Preparation of a safe and efficient antirabic vaccine - Number 44
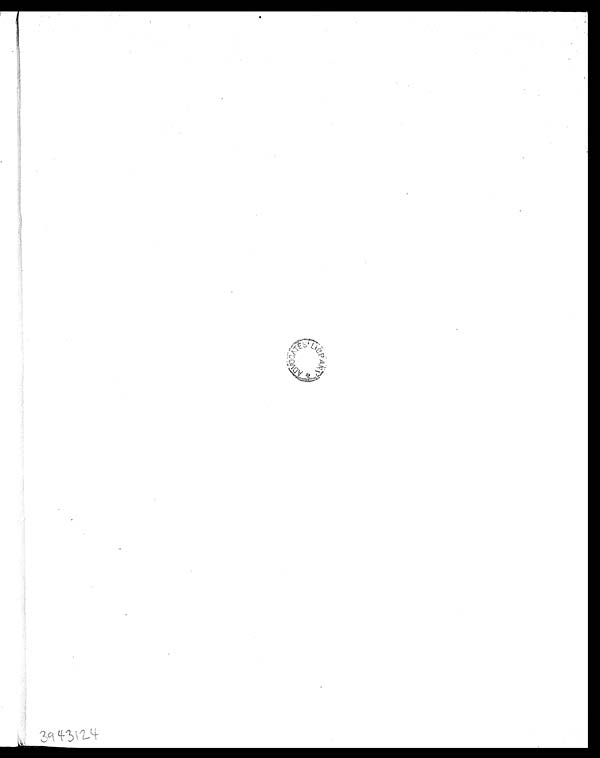
3943124